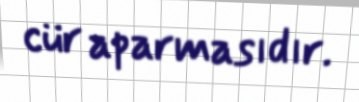
cür aparmasıdır.